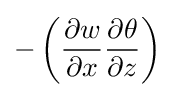
-\left({\frac {\partial w}{\partial x}}{\frac {\partial \theta }{\partial z}}\right)